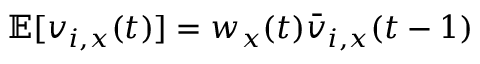
\mathbb E [ v _ { i , x } ( t ) ] = w _ { x } ( t ) { \bar { v } } _ { i , x } ( t - 1 )